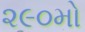
૨૯૦મો